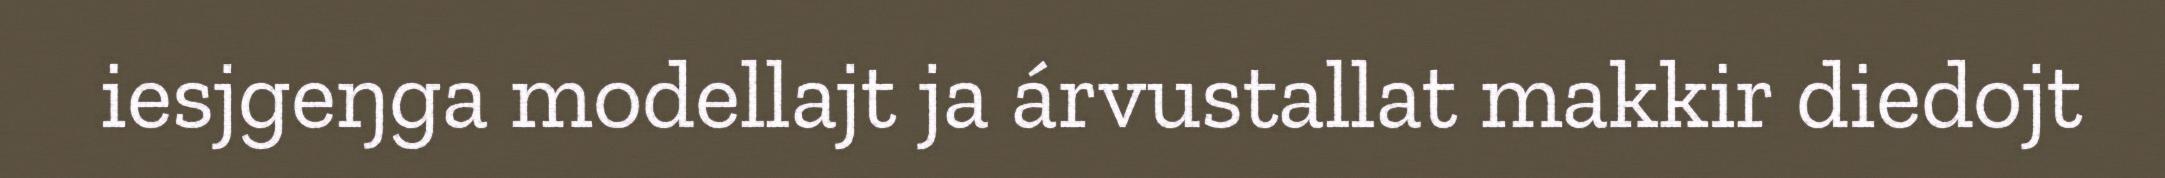
iesjgeŋga modellajt ja árvustallat makkir diedojt